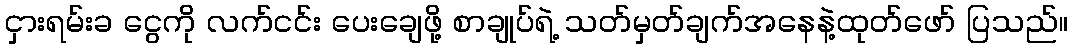
ငှားရမ်းခ ငွေကို လက်ငင်း ပေးချေဖို့ စာချုပ်ရဲ့ သတ်မှတ်ချက်အနေနဲ့ထုတ်ဖော် ပြသည်။